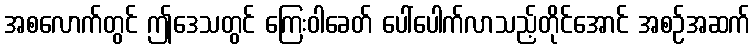
အစလောက်တွင် ဤဒေသတွင် ကြေးဝါခေတ် ပေါ်ပေါက်လာသည့်တိုင်အောင် အစဉ်အဆက်